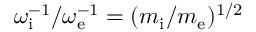
\omega _ { \mathrm { i } } ^ { - 1 } / \omega _ { \mathrm { e } } ^ { - 1 } = ( m _ { \mathrm { i } } / m _ { \mathrm { e } } ) ^ { 1 / 2 }